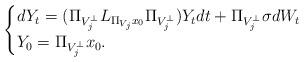
LaTeX: \begin{align*}\begin{cases}dY_t = (\Pi_{V_j^\perp} L_{\Pi_{V_j}x_0} \Pi_{V_j^\perp}) Y_tdt + \Pi_{V_j^\perp}\sigma dW_t \\ Y_0 = \Pi_{V_j^\perp}x_0.\end{cases}\end{align*}